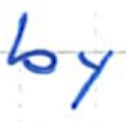
Text: by
Cross-out: clean
Writing tool: ballpoint